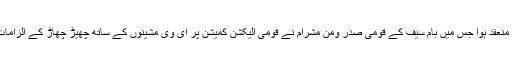
کے عنوان پر ایک سمینار منعقد ہوا جس میں بام سیف کے قومی صدر ومن مشرام نے قومی الیکشن کمیشن پر ای وی مشینوں کے ساتھ چھیڑ چھاڑ کے الزامات کو نظر انداز کررہا ہے۔